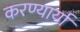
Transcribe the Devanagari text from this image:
करण्यार्या